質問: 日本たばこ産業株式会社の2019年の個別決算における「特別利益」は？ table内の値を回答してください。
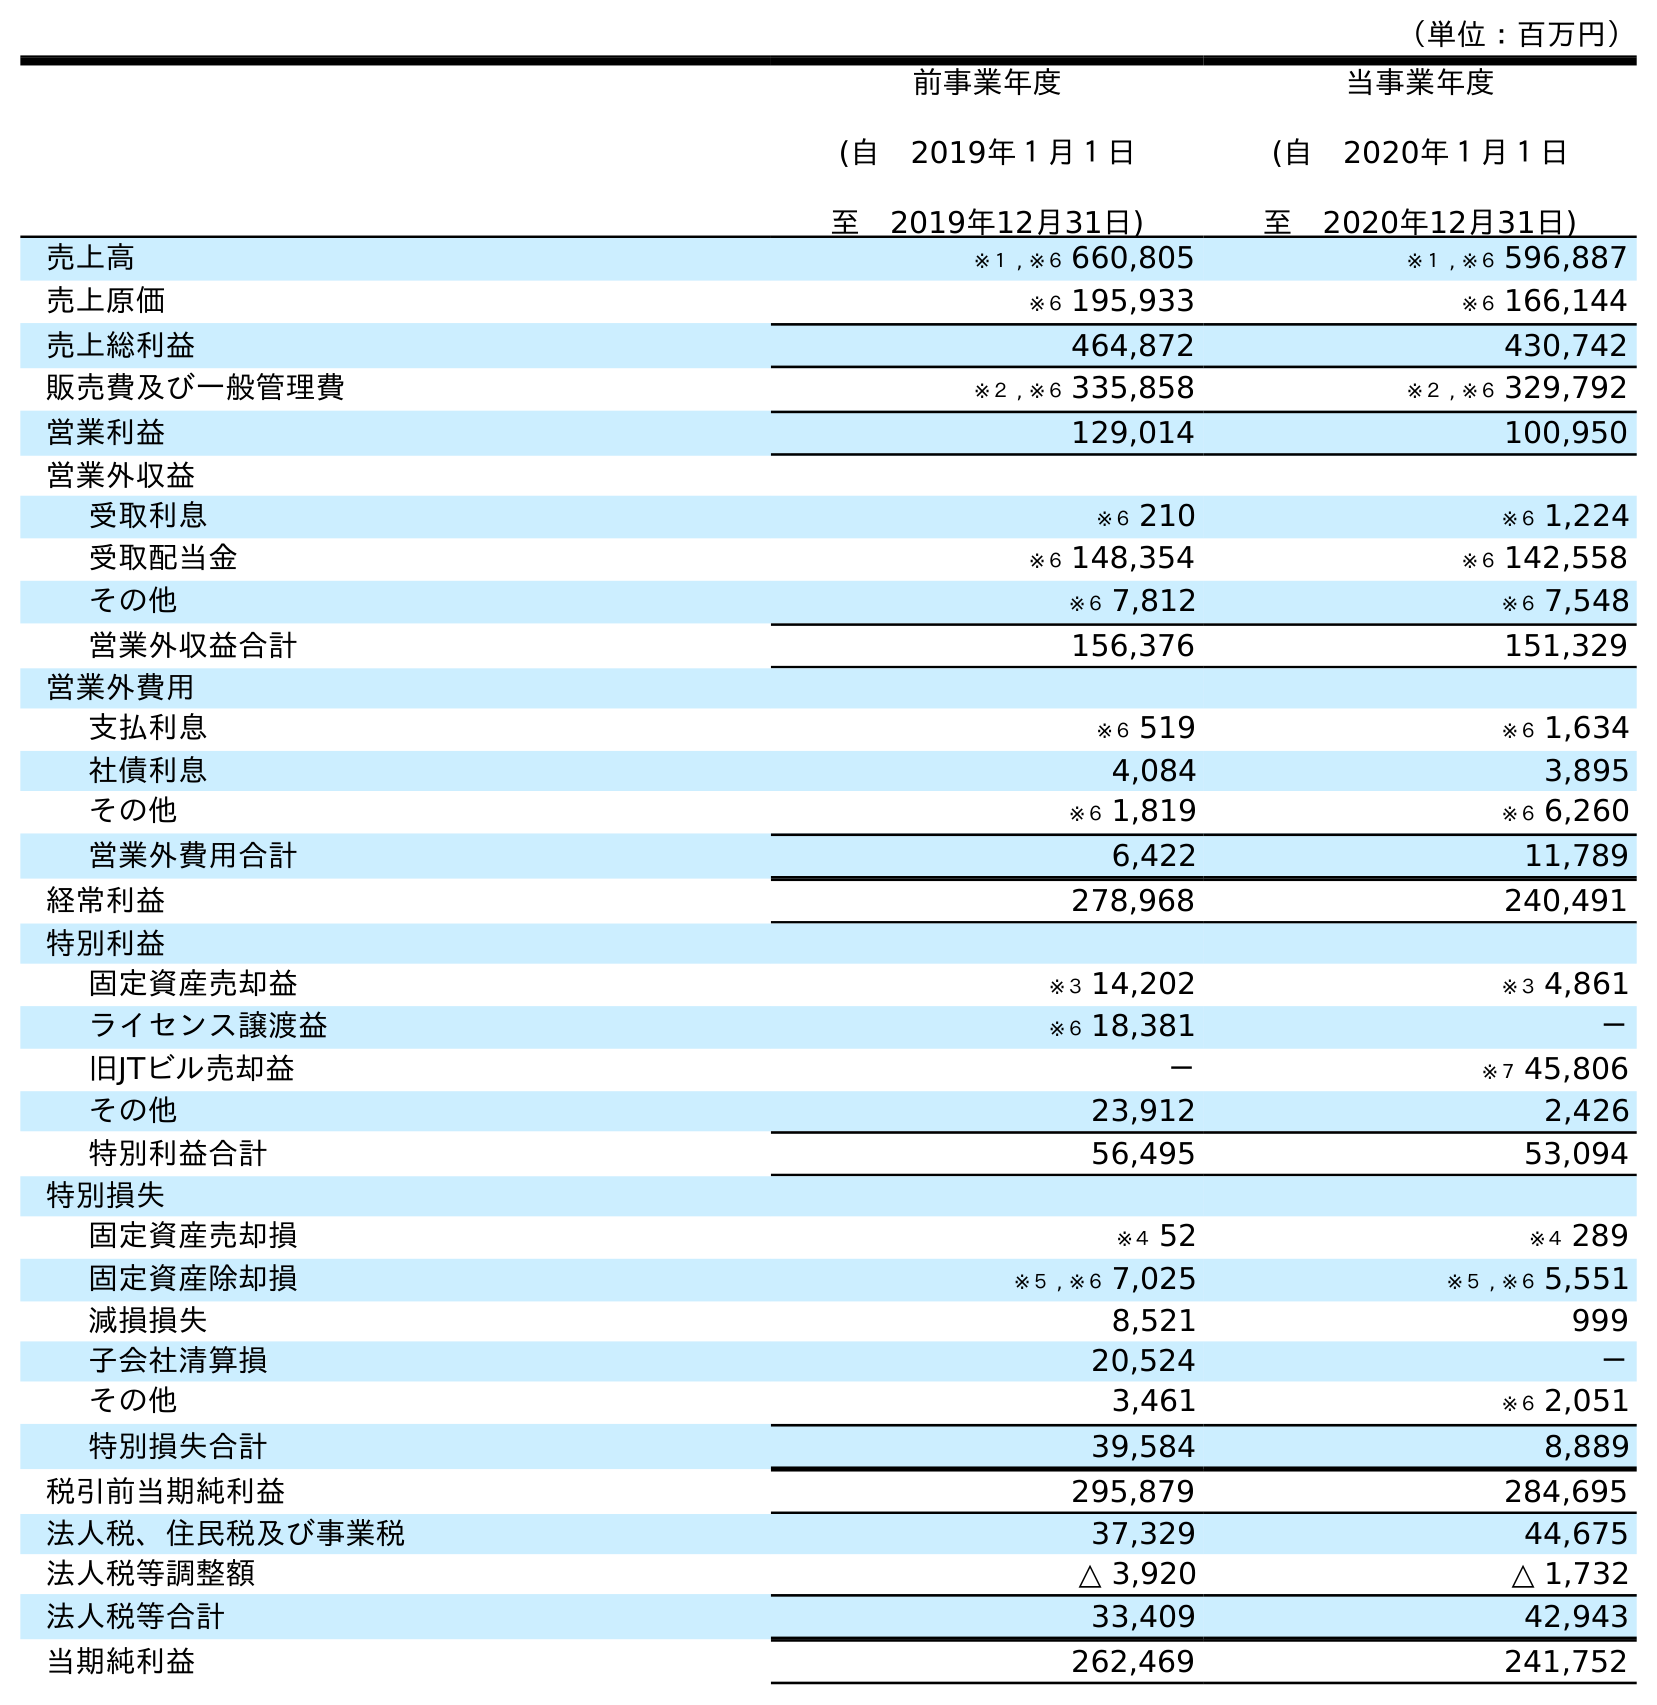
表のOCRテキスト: （単位：百万円） 前事業年度 (自 2019年１月１日 至 2019年12月31日) 当事業年度 (自 2020年１月１日 至 2020年12月31日) 売上高 ※１ , ※６ 660,805 ※１ , ※６ 596,887 売上原価 ※６ 195,933 ※６ 166,144 売上総利益 464,872 430,742 販売費及び一般管理費 ※２ , ※６ 335,858 ※２ , ※６ 329,792 営業利益 129,014 100,950 営業外収益 受取利息 ※６ 210 ※６ 1,224 受取配当金 ※６ 148,354 ※６ 142,558 その他 ※６ 7,812 ※６ 7,548 営業外収益合計 156,376 151,329 営業外費用 支払利息 ※６ 519 ※６ 1,634 社債利息 4,084 3,895 その他 ※６ 1,819 ※６ 6,260 営業外費用合計 6,422 11,789 経常利益 278,968 240,491 特別利益 固定資産売却益 ※３ 14,202 ※３ 4,861 ライセンス譲渡益 ※６ 18,381 － 旧JTビル売却益 － ※７ 45,806 その他 23,912 2,426 特別利益合計 56,495 53,094 特別損失 固定資産売却損 ※４ 52 ※４ 289 固定資産除却損 ※５ , ※６ 7,025 ※５ , ※６ 5,551 減損損失 8,521 999 子会社清算損 20,524 － その他 3,461 ※６ 2,051 特別損失合計 39,584 8,889 税引前当期純利益 295,879 284,695 法人税、住民税及び事業税 37,329 44,675 法人税等調整額 △ 3,920 △ 1,732 法人税等合計 33,409 42,943 当期純利益 262,469 241,752
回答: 56,495